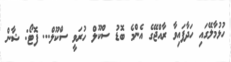
ހުޅުމާލޭގައި ހަދާފައިވާ ރާއްޖޭގެ އެންމެ ބޮޑު ސްކޫލް ހުރަވީ ސްކޫލް... ފޮޓޯ: ޝާން